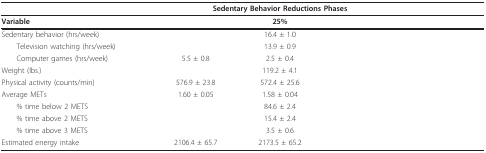
<table><thead><tr><td>[EMPTY_CELL]</td><td colspan="3"><b>Sedentary Behavior Reductions Phases</b></td><td>[EMPTY_CELL]</td></tr></thead><tbody><tr><td><b>Variable</b></td><td>[EMPTY_CELL]</td><td><b>25%</b></td><td>[EMPTY_CELL]</td><td>[EMPTY_CELL]</td></tr><tr><td>Sedentary behavior (hrs/week)</td><td>[EMPTY_CELL]</td><td>16.4 ± 1.0</td><td>[EMPTY_CELL]</td><td>[EMPTY_CELL]</td></tr><tr><td> Television watching (hrs/week)</td><td>[EMPTY_CELL]</td><td>13.9 ± 0.9</td><td>[EMPTY_CELL]</td><td>[EMPTY_CELL]</td></tr><tr><td> Computer games (hrs/week)</td><td>5.5 ± 0.8</td><td>2.5 ± 0.4</td><td>[EMPTY_CELL]</td><td>[EMPTY_CELL]</td></tr><tr><td>Weight (lbs.)</td><td>[EMPTY_CELL]</td><td>119.2 ± 4.1</td><td>[EMPTY_CELL]</td><td>[EMPTY_CELL]</td></tr><tr><td>Physical activity (counts/min)</td><td>576.9 ± 23.8</td><td>572.4 ± 25.6</td><td>[EMPTY_CELL]</td><td>[EMPTY_CELL]</td></tr><tr><td>Average METs</td><td>1.60 ± 0.05</td><td>1.58 ± 0.04</td><td>[EMPTY_CELL]</td><td>[EMPTY_CELL]</td></tr><tr><td> % time below 2 METS</td><td>[EMPTY_CELL]</td><td>84.6 ± 2.4</td><td>[EMPTY_CELL]</td><td>[EMPTY_CELL]</td></tr><tr><td> % time above 2 METS</td><td>[EMPTY_CELL]</td><td>15.4 ± 2.4</td><td>[EMPTY_CELL]</td><td>[EMPTY_CELL]</td></tr><tr><td> % time above 3 METS</td><td>[EMPTY_CELL]</td><td>3.5 ± 0.6</td><td>[EMPTY_CELL]</td><td>[EMPTY_CELL]</td></tr><tr><td>Estimated energy intake</td><td>2106.4 ± 65.7</td><td>2173.5 ± 65.2</td><td>[EMPTY_CELL]</td><td>[EMPTY_CELL]</td></tr></tbody></table>